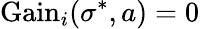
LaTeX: {\mathrm{Gain}}_{i}(\sigma^{*},a)=0